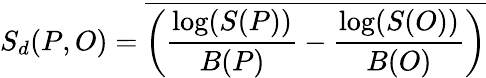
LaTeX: S_{d}(P,O)=\overline{{\left(\frac{\log({S(P))}}{B(P)}-\frac{\log(S(O))}{B(O)}\right)}}